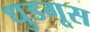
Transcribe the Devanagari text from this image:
धुडगूस